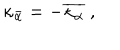
\kappa _ { \bar { \alpha } } = - \overline { { { \kappa _ { \alpha } } } } \ ,